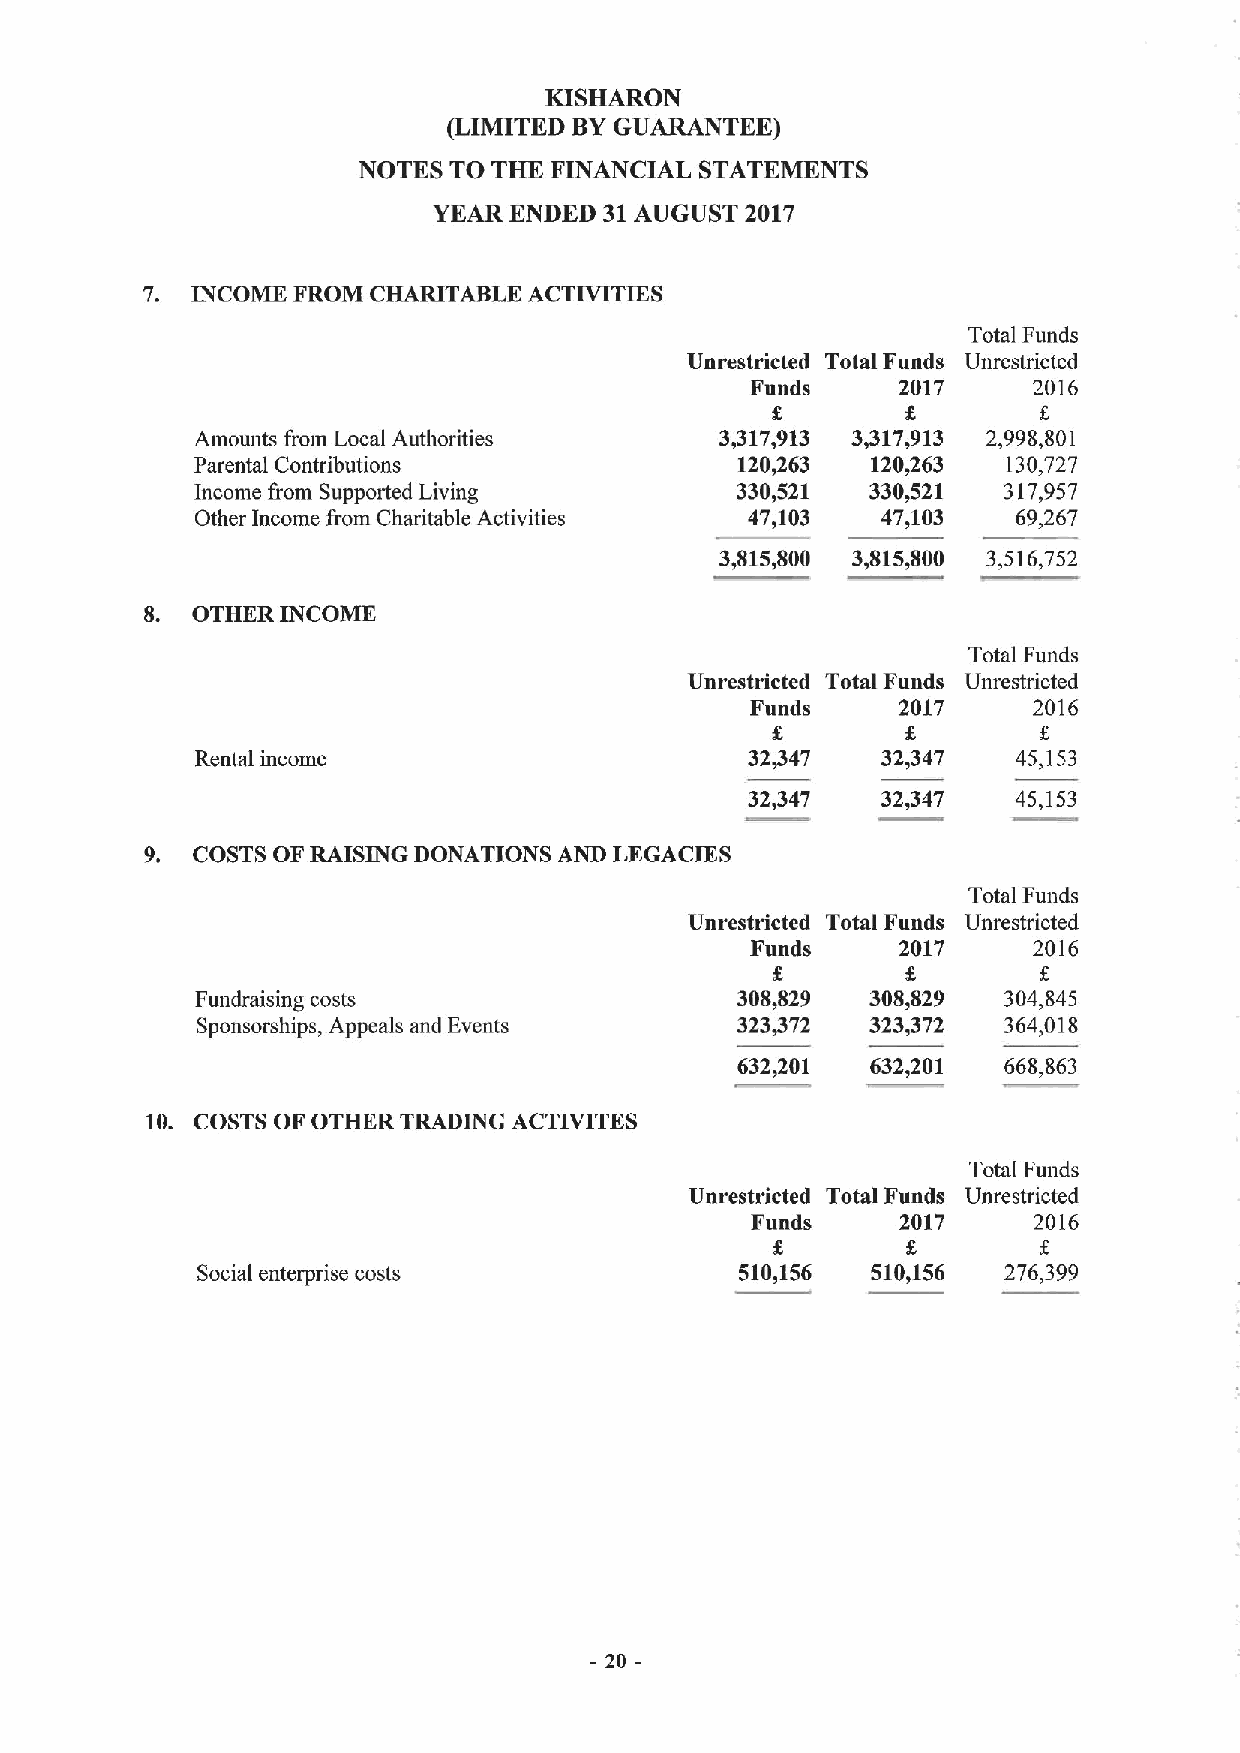
KISHARON
 (LIMITED BYGUARANTEE)
 NOTES TO THE FINANCIAL STATEMENTS
 YEAR ENDED 31AUGUST 2017
 7.  INCOME FROM CHARITABLE ACTIVITIES
 Total Funds
 Unrestricted Total Funds Unrestricted
 Funds    2017     2016
 K
 Amounts from Local Authorities     3,317,913 3,317,913 2,998,801
 Parental Contributions              120,263  120,263  130,727
 Income from Supported Living        330,521  330,521 317,957
 Other Income from Charitable Activities 47,103 47,103 69,267
 3,815,800 3,815,800 3,516,752
 8. OTHERINCOME
 Total Funds
 Unrestricted Total Funds Unrestricted
 Funds    2017     2016
 Rental income                        32447   32,347   45,153
 32,347  32,347   45,153
 9. COSTS OF RAISING DONATIONS AND LEGACIES
 Total Funds
 Unrestricted Total Funds Unrestricted
 Funds    2017     2016
 Fundraising costs                   308,829  308,829 304,845
 Sponsorships, Appeals and Events    323872   323.372 364,018
 632,201  632,201 668,863
 10. COSTS OF OTHER TRADING ACTIVITES
 Total Funds
 Unrestricted Total Funds Unrestricted
 Funds     2017    2016
 Social enterprise costs             510,156  510,156 276,399
 20-